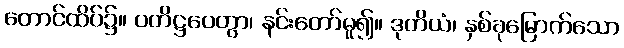
တောင်ထိပ်၌။ ပတိဋ္ဌပေတွာ၊ နင်းတော်မူ၍။ ဒုတိယံ၊ နှစ်ခုမြောက်သော